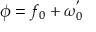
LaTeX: \phi = f _ { 0 } + \omega _ { 0 } ^ { ' }